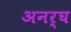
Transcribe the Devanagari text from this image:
अनर्घ